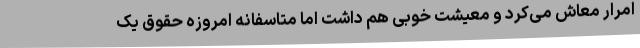
امرار معاش می‌کرد و معیشت خوبی هم داشت اما متاسفانه امروزه حقوق یک